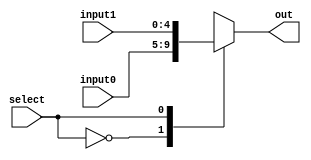
// EECE3324 
// Computer Architecture
// Final Project
// Kevin Wong & Jonathan Marrero

//Module for Mux2to1 5 bit

`timescale 1ns / 1ns

module Mux2to1FiveBit(input0, input1, select, out);
  
  input [4:0] input0, input1;	// input 1 & 2
  input select;            	// bit for select
  output reg [4:0] out; 	// ouput
  

  // MUX Loop

  always @ (select or input0 or input1)
  begin
    case(select)
      // if select = 0
      1'b0: begin
        // Select 1st input
        out <= input0;
      end
      // if select = 1
      1'b1: begin
        // Select 2nd input
        out <= input1;
      end
    endcase
  end
endmodule